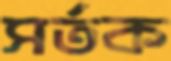
সর্তক